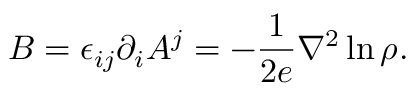
B = \epsilon _ { i j } \partial _ { i } A ^ { j } = - \frac { 1 } { 2 e } { \nabla } ^ { 2 } \ln \rho .